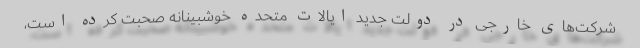
شرکت‌های خارجی در دولت جدید ایالات متحده خوشبینانه صحبت کرده است،